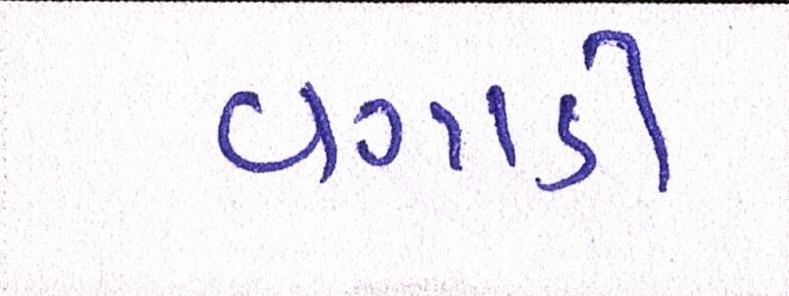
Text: વગાડી